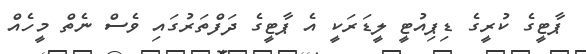
ޕާޓީގެ ކުރީގެ ޑިޕިއުޓީ ލީޑަރަކީ އެ ޕާޓީގެ ދަފްތަރުގައި ވެސް ނެތް މީހެއް